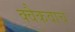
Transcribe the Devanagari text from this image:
क्वैकवाच